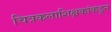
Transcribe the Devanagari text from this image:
चित्रकलाशिक्षकांकडून